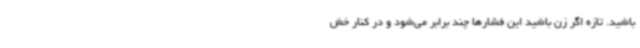
باشید. تازه اگر زن باشید این فشارها چند برابر می‌شود و در کنار خش